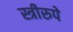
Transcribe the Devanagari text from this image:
स्त्रीरुपे